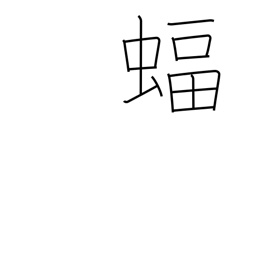
Meaning: bat